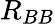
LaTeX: R_{BB}